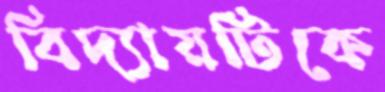
বিদ্যায়টিকে